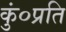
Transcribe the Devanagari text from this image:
कुं०प्रति